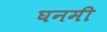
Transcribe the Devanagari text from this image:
घनमी